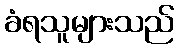
ခံရသူများသည်